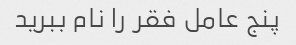
پنج عامل فقر را نام ببرید